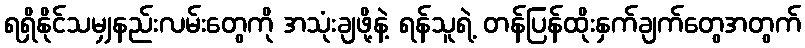
ရရှိနိုင်သမျှနည်းလမ်းတွေကို အသုံးချဖို့နဲ့ ရန်သူရဲ့ တန်ပြန်ထိုးနှက်ချက်တွေအတွက်